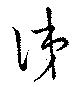
涕